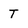
Character: T